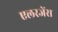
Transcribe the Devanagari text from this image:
एलरजेंस